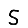
Digit: 5